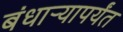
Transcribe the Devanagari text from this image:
बंधार्‍यापर्यंत